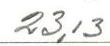
23,13